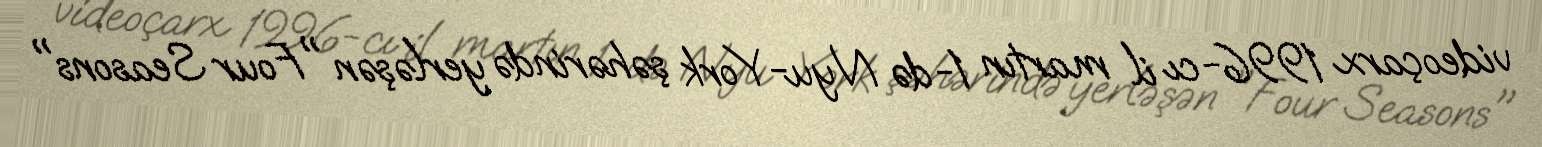
videoçarx 1996-cı il martın 1-də Nyu-York şəhərində yerləşən "Four Seasons"